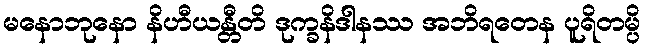
မနောဘုနော နိဟီယန္တီတိ ဒုက္ခနိဒါနဿ အဘိရတေန ပူရိတမ္ပိ